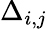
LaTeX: \Delta_{i,j}